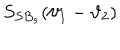
LaTeX: S _ { S B _ { s } } ( \vartheta _ { 1 } - \vartheta _ { 2 } )